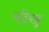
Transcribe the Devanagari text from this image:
मडियाहु